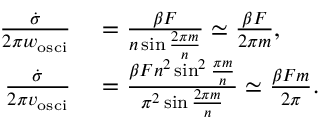
\begin{array} { r l } { \frac { \dot { \sigma } } { 2 \pi w _ { \mathrm { o s c i } } } } & { { } = \frac { \beta F } { n \sin \frac { 2 \pi m } { n } } \simeq \frac { \beta F } { 2 \pi m } , } \\ { \frac { \dot { \sigma } } { 2 \pi v _ { \mathrm { o s c i } } } } & { { } = \frac { \beta F n ^ { 2 } \sin ^ { 2 } \frac { \pi m } { n } } { \pi ^ { 2 } \sin \frac { 2 \pi m } { n } } \simeq \frac { \beta F m } { 2 \pi } . } \end{array}